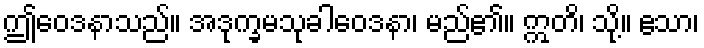
ဤဝေဒနာသည်။ အဒုက္ခမသုခါဝေဒနာ၊ မည်၏။ ဣတိ၊ သို့။ ဧသာ၊